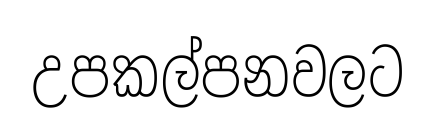
උපකල්පනවලට